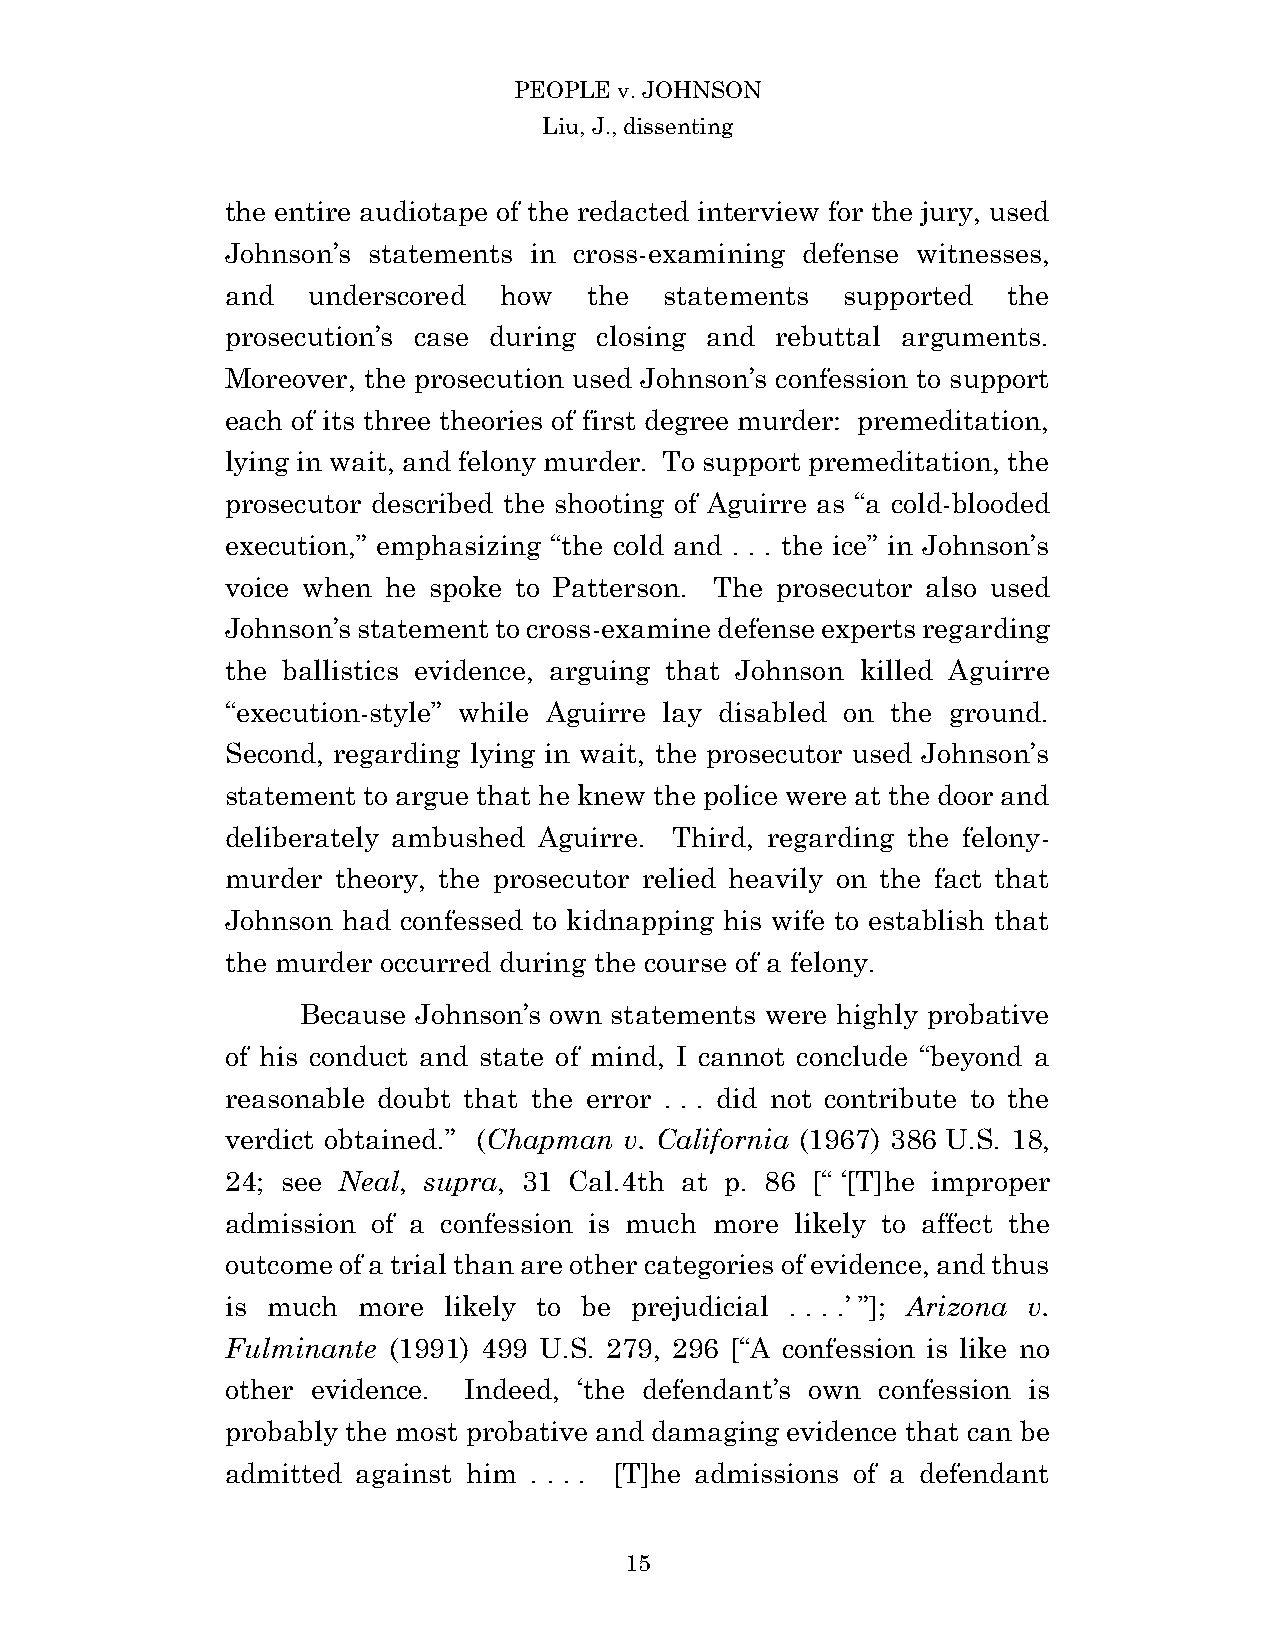
PEOPLE v. JOHNSON
 Liu, J., dissenting
 the entire audiotape of the redacted interview for the jury, used
 Johnson’s statements in cross-examining defense witnesses,
 and  underscored  how   the  statements  supported  the
 prosecution’s case during closing and rebuttal arguments.
 Moreover, the prosecution used Johnson’s confession to support
 each of its three theories of first degree murder: premeditation,
 lying in wait, and felony murder. To support premeditation, the
 prosecutor described the shooting of Aguirre as “a cold-blooded
 execution,” emphasizing “the cold and . . . the ice” in Johnson’s
 voice when he spoke to Patterson. The prosecutor also used
 Johnson’s statement to cross-examine defense experts regarding
 the ballistics evidence, arguing that Johnson killed Aguirre
 “execution-style” while Aguirre lay disabled on the ground.
 Second, regarding lying in wait, the prosecutor used Johnson’s
 statement to argue that he knew the police were at the door and
 deliberately ambushed Aguirre. Third, regarding the felony-
 murder theory, the prosecutor relied heavily on the fact that
 Johnson had confessed to kidnapping his wife to establish that
 the murder occurred during the course of a felony.
 Because Johnson’s own statements were highly probative
 of his conduct and state of mind, I cannot conclude “beyond a
 reasonable doubt that the error . . . did not contribute to the
 verdict obtained.” (Chapman v. California (1967) 386 U.S. 18,
 24; see Neal, supra, 31 Cal.4th at p. 86 [“ ‘[T]he improper
 admission of a confession is much more likely to affect the
 outcome of a trial than are other categories of evidence, and thus
 is much  more likely to be prejudicial . . . .’ ”]; Arizona v.
 Fulminante (1991) 499 U.S. 279, 296 [“A confession is like no
 other evidence. Indeed, ‘the defendant’s own confession is
 probably the most probative and damaging evidence that can be
 admitted against him . . . . [T]he admissions of a defendant
 1 5